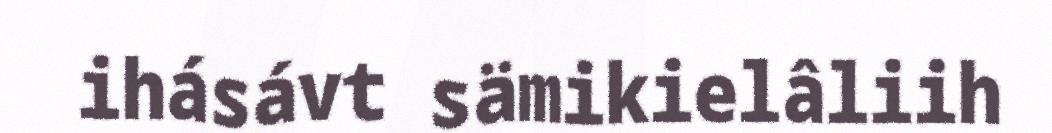
ihásávt sämikielâliih